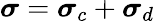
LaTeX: \boldsymbol{\sigma}=\boldsymbol{\sigma}_{c}+\boldsymbol{\sigma}_{d}